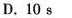
D.10s